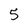
Character: 5